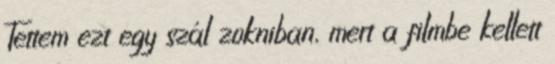
Tettem ezt egy szál zokniban, mert a filmbe kellett